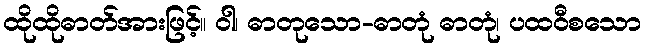
ထိုထိုဓာတ်အားဖြင့်။ ဝါ၊ ဓာတုသော-ဓာတုံ ဓာတုံ၊ ပထဝီစသော